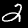
Label: 2